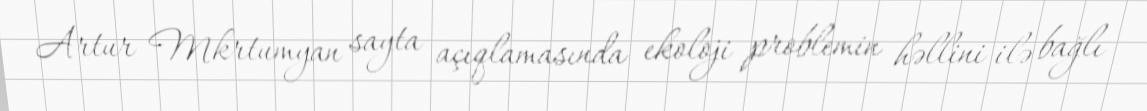
Artur Mkrtumyan sayta açıqlamasında ekoloji problemin həllini ilə bağlı